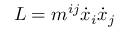
L = m ^ { i j } \dot { x } _ { i } \dot { x } _ { j }